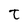
Character: t